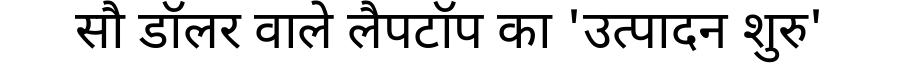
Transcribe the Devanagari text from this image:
सौ डॉलर वाले लैपटॉप का 'उत्पादन शुरु'